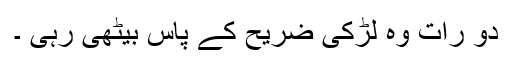
دو رات وہ لڑکی ضریح کے پاس بیٹھی رہی ۔